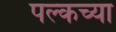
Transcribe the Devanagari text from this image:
पल्कच्या